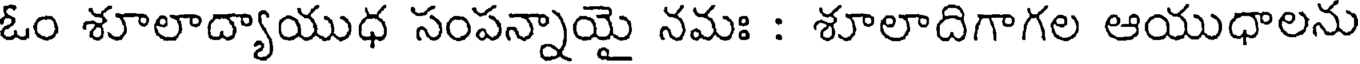
ఓం శూలాద్యాయుధ సంపన్నాయై నమః : శూలాదిగాగల ఆయుధాలను